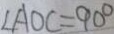
\angle A O C = 9 0 ^ { \circ }